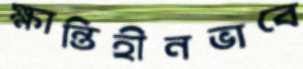
ক্ষান্তিহীনভাবে